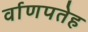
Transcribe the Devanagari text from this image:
र्वाणपतेह